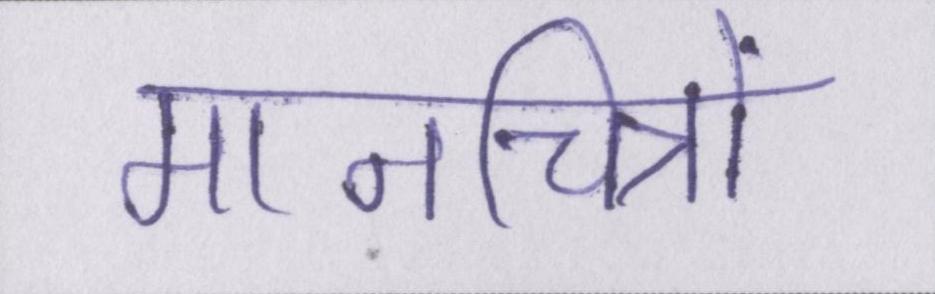
मानचित्रों